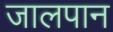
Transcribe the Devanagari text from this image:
जालपान